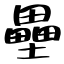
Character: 壘